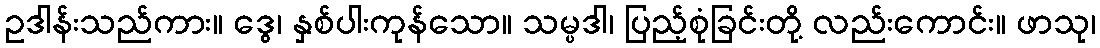
ဥဒါန်းသည်ကား။ ဒွေ၊ နှစ်ပါးကုန်သော။ သမ္ပဒါ၊ ပြည့်စုံခြင်းတို့ လည်းကောင်း။ ဖာသု၊